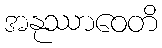
အနုဿာဝေတိ